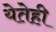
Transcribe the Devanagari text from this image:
येतेही